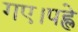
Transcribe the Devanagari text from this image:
गए।पह्ले